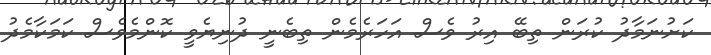
ކަށުނަމާދު ކުރަން ތިބޭ އިރު ވެސް އަހަރެމެން ތިބެނީ ދުނިޔެވީ ކޮންމެވެސް ކަމަކާމެދު